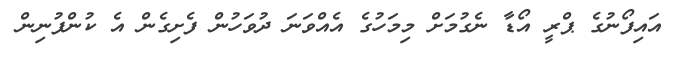
އައިފޯނުގެ ޕްރީ އޯޑާ ނެގުމަށް މިމަހުގެ އެއްވަނަ ދުވަހުން ފެށިގެން އެ ކުންފުނިން